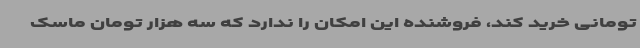
تومانی خرید کند، فروشنده این امکان را ندارد که سه هزار تومان ماسک